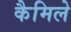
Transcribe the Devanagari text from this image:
कैमिले